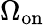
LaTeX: \Omega_{\mathrm{on}}